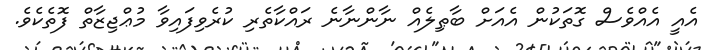
އެއީ އެއްވެސް ގޮތަކުން އެއަށް ބާޠިލެއް ނާންނާނެ ރައްކާތެރި ކުރެވިފައިވާ މުޢްޖިޒާތް ފޮތެކެވެ.